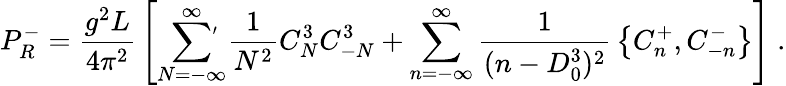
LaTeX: P_{R}^{-}={\frac{g^{2}L}{4\pi^{2}}}\left[\sum_{N=-\infty}^{\infty}\! \! \! \! {}^{\stackrel{\prime}{}}\thinspace\thinspace{\frac{1}{N^{2}}}C_{N}^{3}C_{-N}^{3}+\sum_{n=-\infty}^{\infty}{\frac{1}{(n-D_{0}^{3})^{2}}}\left\{ C_{n}^{+},C_{-n}^{-}\right\} \right]\; .